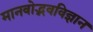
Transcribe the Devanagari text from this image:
मानवोद्भवविज्ञान